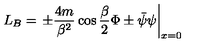
L _ { B } = \left. \pm \frac { 4 m } { \beta ^ { 2 } } \cos \frac { \beta } { 2 } \Phi \pm \bar { \psi } \psi \right| _ { x = 0 }